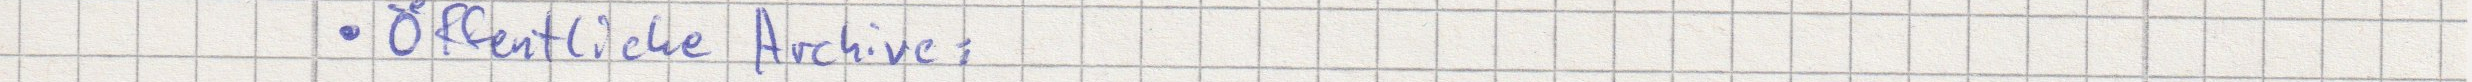
Öffentliche Archive: